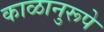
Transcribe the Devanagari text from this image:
काळानुरूपे